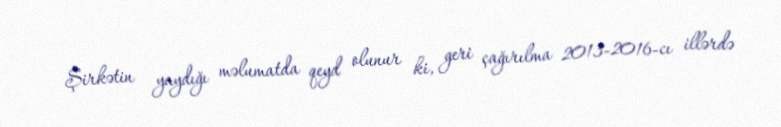
Şirkətin yaydığı məlumatda qeyd olunur ki, geri çağırılma 2013-2016-cı illərdə